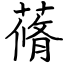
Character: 蓨